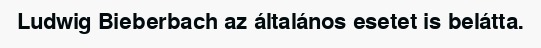
Ludwig Bieberbach az általános esetet is belátta.